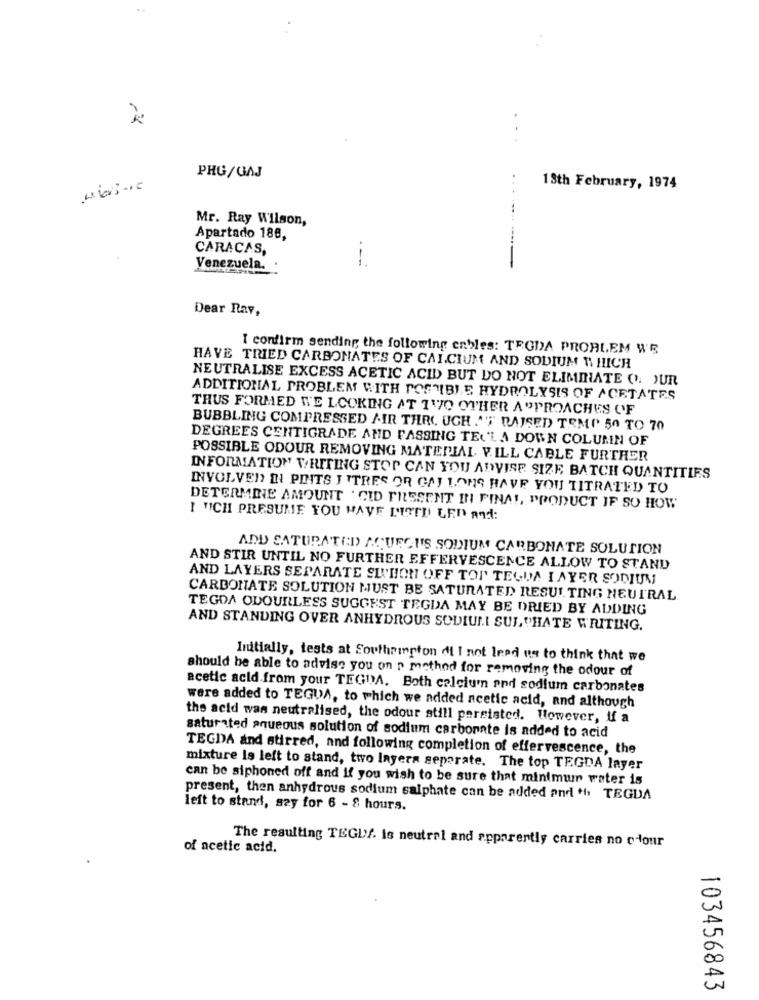
..
PHG/GAJ
..
13th February, 1974
Mr. Ray Wilson,
Apartado 188,
CARACAS,
---
Venezuela.
Dear Ray,
I confirm sending the following cables: TEODA PROBLEM W'S
HAVE TRIED CARBONATES OF CALCIUM AND SODIUM WHICH
NEUTRALISE EXCESS ACETIC ACID BUT DO NOT ELIMINATE (): OUR
ADDITIONAL PROBLEM WITH POSIBLE HYDROLYSIS OF ACETATES
THUS FORMED WE LOOKING AT 1170 OTHER APPROACHES OF
BUBBLING COMPRESSED AIR THROUGH AF RAISED TEMP 50 TO 70
DEGREES CENTIGRADE AND FASSING TECLA DOWN COLUMN OF
POSSIBLE ODOUR REMOVING MATERIAL. V.ILL CABLE FURTHER
INFORMATION WRITING STOP CAN YOU ADVISE SIZE BATCH QUANTITIES
INVOLVED IN PUITS I TRES OR GAY LONG HAVE YOU TITRATED TO
DETERMINE AMOUNT ' CID FILSSENT IN FINAL, PRODUCT IF SO HOW
I "ICH PRESUME YOU HAVE LUTED LED And:
ADD SATURATED) ACURCUS SODIUM CARBONATE SOLUTION
AND STIR UNTIL NO FURTHER EFFERVESCENCE ALLOW TO STAND
AND LAYERS SEPARATE SINHON OFF TOI TEGUA I AYER SODIUM
CARBONATE SOLUTION MUST BE SATURATED RESUL TING NEUTRAL
TEGDA ODOURLESS SUGGEST TEGUA MAY BE DRIED BY ADDING
AND STANDING OVER ANHYDROUS SODIUM SUL THATE WRITING.
Initially, tests at Southampton di I not lead us to think that we
should be able to advise you on p method for removing the odour of
acetic acid.from your TEGIA. Both calcium and sodium carbonates
were added to TEGUA, to which we added acetic acid, and although
the acid was neutralised, the odour still persisted. However, if a
saturated aqueous solution of sodium carbonate is added to acid
TEGDA and stirred, and following completion of effervescence, the
mixture is left to stand, two Ingera seperate. The top TEGDA layer
can be siphoned off and if you wish to be sure that minimur water is
present, then anhydrous sodium salphate can be added and ++ TEGDA
left to stand, sey for 6 - 8 hours.
The resulting TEGUS. is neutral and apparently carries no clour
of acetic acid.
103456843